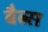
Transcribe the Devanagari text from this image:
बैब्स